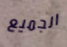
الجميع